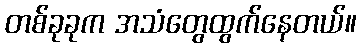
တစ်ခုခုက အသံတွေထွက်နေတယ်။